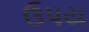
ઉપય